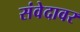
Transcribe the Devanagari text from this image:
संवेदावर